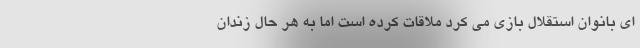
ای بانوان استقلال بازی می کرد ملاقات کرده است اما به هر حال زندان